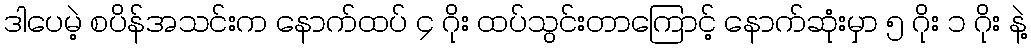
ဒါပေမဲ့ စပိန်အသင်းက နောက်ထပ် ၄ ဂိုး ထပ်သွင်းတာကြောင့် နောက်ဆုံးမှာ ၅ ဂိုး ၁ ဂိုး နဲ့